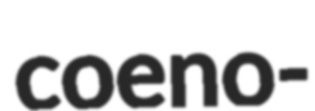
coeno-